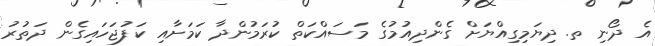
އެ ދޯނި ތ. ދިޔަމިގިއްޔަށް ގެންދިއުމުގެ މަސައްކަތް ކުރަމުންދާ ކަމަށާއި ކަފުޖަހައިގެން ދަތުރު